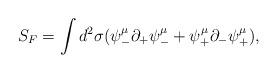
LaTeX: \begin{align*}S_F = \int d^2 \sigma ( \psi_-^{\mu} \partial_+ \psi_-^{\mu} +\psi_+^{\mu} \partial_- \psi_+^{\mu}),\end{align*}